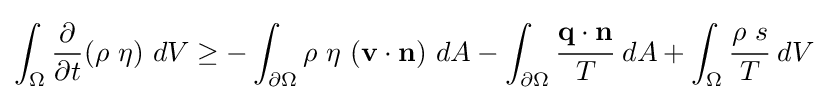
\int _{\Omega }{\frac {\partial }{\partial t}}(\rho ~\eta )~dV\geq -\int _{\partial \Omega }\rho ~\eta ~(\mathbf {v} \cdot \mathbf {n} )~dA-\int _{\partial \Omega }{\cfrac {\mathbf {q} \cdot \mathbf {n} }{T}}~dA+\int _{\Omega }{\cfrac {\rho ~s}{T}}~dV